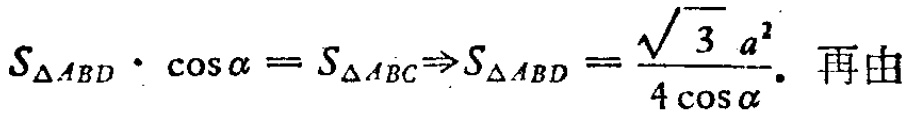
$S_{\triangle ABD}\cdot \cos\alpha = S_{\triangle ABC}\Rightarrow S_{\triangle ABD}=\frac{\sqrt{3}a^{2}}{4\cos\alpha}.$ 再由